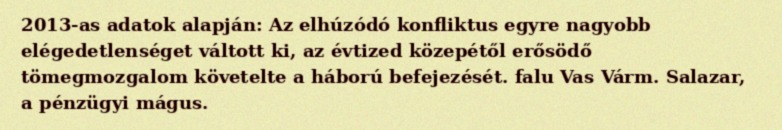
2013-as adatok alapján: Az elhúzódó konfliktus egyre nagyobb elégedetlenséget váltott ki, az évtized közepétől erősödő tömegmozgalom követelte a háború befejezését. falu Vas Várm. Salazar, a pénzügyi mágus.